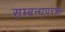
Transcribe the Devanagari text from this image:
सम्बन्धपरक